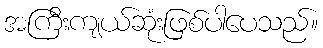
အကြီးကျယ်ဆုံးဖြစ်ပါပေသည်။